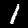
Label: 1